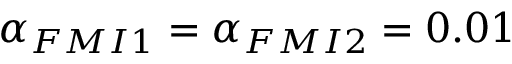
{ \alpha } _ { F M I 1 } = { \alpha } _ { F M I 2 } = 0 . 0 1